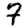
Digit: 7